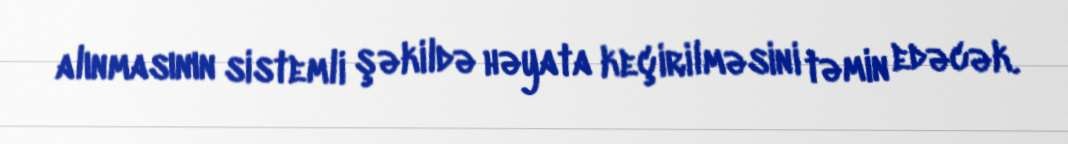
alınmasının sistemli şəkildə həyata keçirilməsini təmin edəcək.